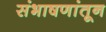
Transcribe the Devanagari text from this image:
संभाषणांतून